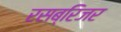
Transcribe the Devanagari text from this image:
रसब्रिजर